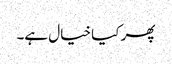
پھر کیا خیال ہے۔